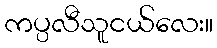
ကပ္ပလီသူငယ်လေး။